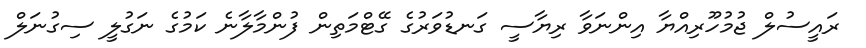
ރައީސުލް ޖުމުހޫރިއްޔާ އިންނަވާ ރިޔާސީ ގަނޑުވަރުގެ ގޭޓްމަތިން ފުންމާލާނެ ކަމުގެ ނަގުލީ ސިގުނަލް